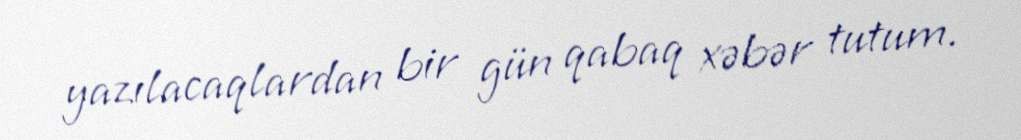
yazılacaqlardan bir gün qabaq xəbər tutum.